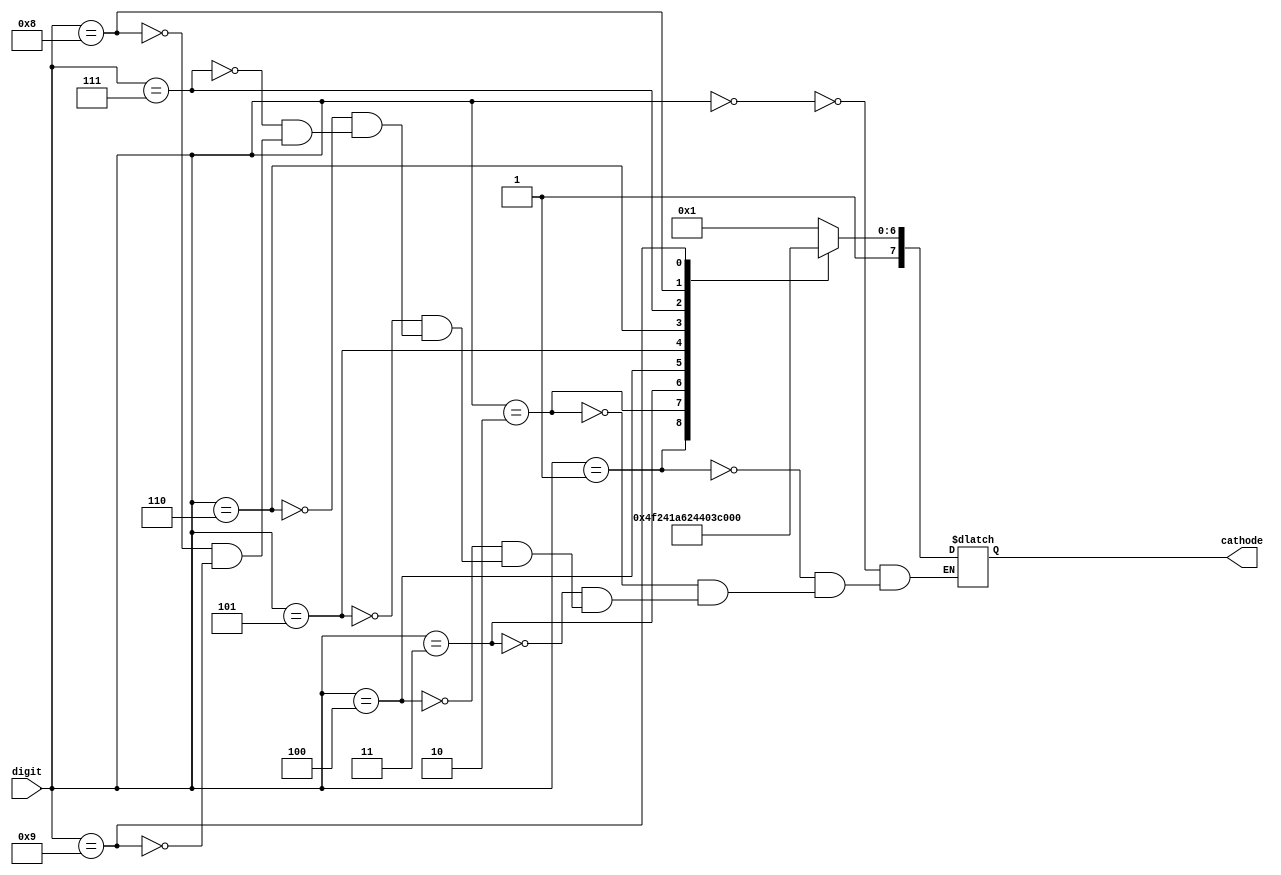
`timescale 1ns / 1ps
//////////////////////////////////////////////////////////////////////////////////
// Company: 
// Engineer: 
// 
// Design Name: 
// Module Name: cathode_control
// Project Name: 
// Target Devices: 
// Tool Versions: 
// Description: 
// 
// Dependencies: 
// 
// Revision:
// Revision 0.01 - File Created
// Additional Comments:
// 
//////////////////////////////////////////////////////////////////////////////////


module cathode_control(
input [3:0]digit,
output reg [7:0] cathode

    );
    always @ (digit)
    begin
     case (digit)
                        4'd0:cathode=8'b10000001;
                        4'd1:cathode=8'b11001111;
                        4'd2:cathode=8'b10010010;
                        4'd3:cathode=8'b10000110;
                        4'd4:cathode=8'b11001100;
                        4'd5:cathode=8'b10100100;
                        4'd6:cathode=8'b10100000;
                        4'd7:cathode=8'b10001111;
                        4'd8:cathode=8'b10000000;
                        4'd9:cathode=8'b10000100;
                        endcase
       end
endmodule